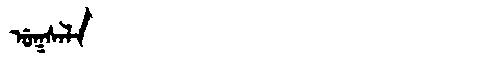
Manchu: ᡠᡴᠰᠠᠯᠠ
Romanization: UKSALA